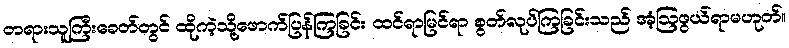
တရားသူကြီးခေတ်တွင် ထိုကဲ့သို့ဖောက်ပြန်ကြခြင်း ထင်ရာမြင်ရာ စွတ်လုပ်ကြခြင်းသည် အံ့ဩဖွယ်ရာမဟုတ်။